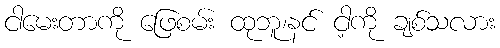
ငါမေးတာကို ဖြေစမ်း ထုဘူ၊နင် ငါ့ကို ချစ်သလား